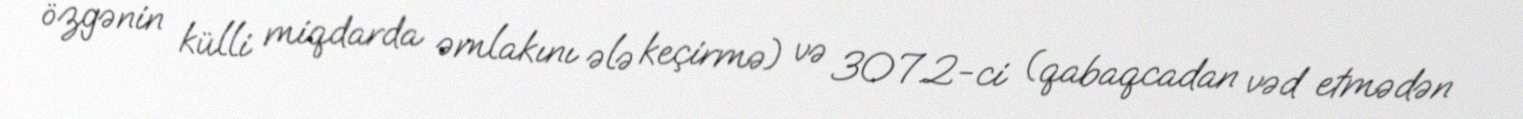
özgənin külli miqdarda əmlakını ələ keçirmə) və 307.2-ci (qabaqcadan vəd etmədən